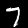
Digit: 7